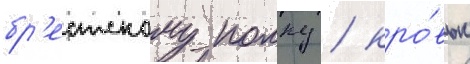
бр'естскому полку / кро́вью